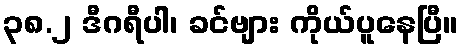
၃၈.၂ ဒီဂရီပါ၊ ခင်ဗျား ကိုယ်ပူနေပြီ။